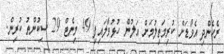
ރެހެންދި އެވޯޑަށް ކުރިމަތިލުމަށް އަލުން ހުޅުވާލައިފި 49 މިނެޓް 29 ސިކުންތު ކުރިން.